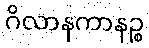
ဂိလာနကာနဉ္စ